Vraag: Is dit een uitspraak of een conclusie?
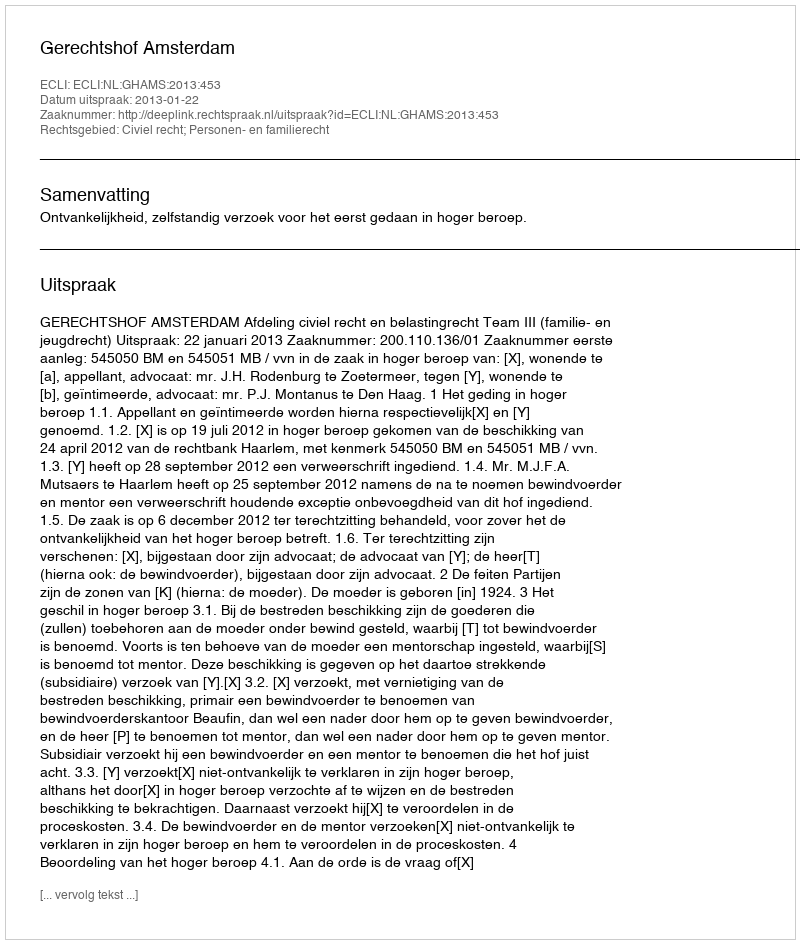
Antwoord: Uitspraak